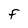
Character: F